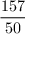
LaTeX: \frac { 1 5 7 } { 5 0 }